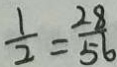
\frac { 1 } { 2 } = \frac { 2 8 } { 5 6 }